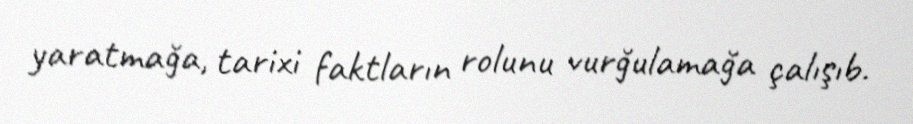
yaratmağa, tarixi faktların rolunu vurğulamağa çalışıb.